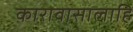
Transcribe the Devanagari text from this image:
कारावासालाहि